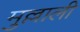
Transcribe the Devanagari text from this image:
मुल्लाली